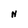
Character: N